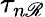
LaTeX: \tau_{n\mathscr{R}}